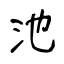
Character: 池